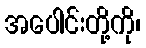
အပေါင်းတို့ကို၊